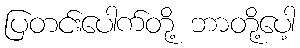
ပြတင်းပေါက်တို့ ဘာတို့ပေါ့